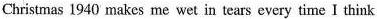
Christmas 1940 makes me wet in tears every time I think